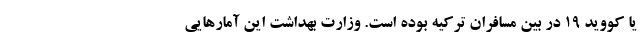
یا کووید ۱۹ در بین مسافران ترکیه بوده است. وزارت بهداشت این آمارهایی